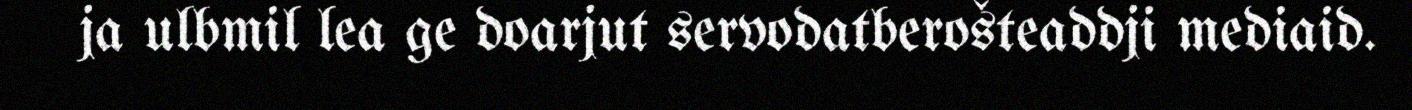
ja ulbmil lea ge doarjut servodatberošteaddji mediaid.